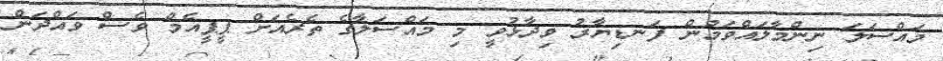
މައްސަލަ ނިންމާލައްވަމުން ފަނޑިޔާރު ވިދާޅުވީ މި މައްސަލާގެ ތެރެއަށް ޕީޕީއެމް ވެސް ވައްދަން